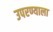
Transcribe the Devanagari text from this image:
उपरण्याला